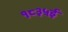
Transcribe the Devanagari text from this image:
१८३५ई